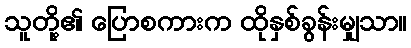
သူတို့၏ ပြောစကားက ထိုနှစ်ခွန်းမျှသာ။